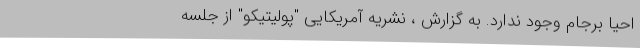
احیا برجام وجود ندارد. به گزارش ، نشریه آمریکایی "پولیتیکو" از جلسه